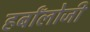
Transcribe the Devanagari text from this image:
हर्बॉलोजी